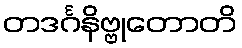
တဒင်္ဂနိဗ္ဗုတောတိ